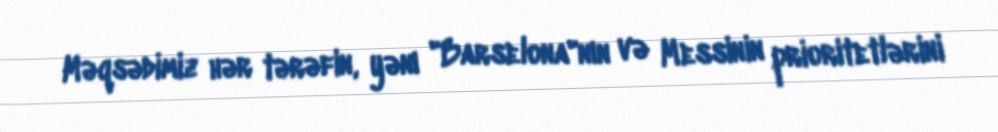
Məqsədimiz hər tərəfin, yənı "Barselona"nın və Messinin prioritetlərini